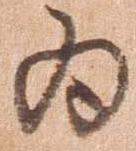
為